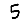
Digit: 5